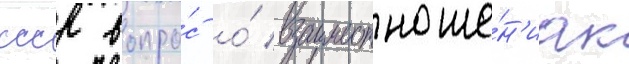
ссср вопро́с о́ взаимоотноше́н'иах